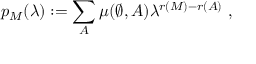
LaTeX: p _ { M } ( \lambda ) : = \sum _ { A } \mu ( \emptyset , A ) \lambda ^ { r ( M ) - r ( A ) } \ ,